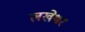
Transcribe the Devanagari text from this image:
लखेश्वर